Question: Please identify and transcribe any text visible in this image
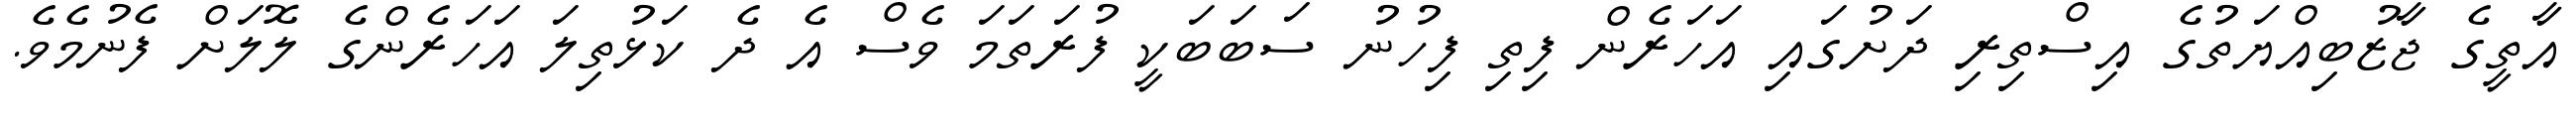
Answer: އާތީގެ ޖާޒުބިއްޔަތުގެ އިސްތިރި ދަށުގައި އަހަރެން ފިތި ފިހުނު ސަބަބަކީ ފުރަތަމަ ވެސް އެ ދެ ކަޅުތިލަ އަހަރެންގެ ލޮލަށް ފެނުމެވެ.